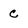
Character: c